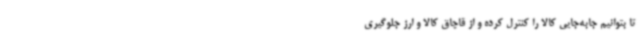
تا بتوانیم جابه‌جایی کالا را کنترل کرده و از قاچاق کالا و ارز جلوگیری